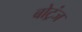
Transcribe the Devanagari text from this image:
बोट्रंज